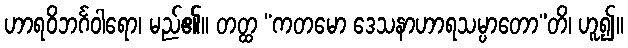
ဟာရဝိဘင်္ဂဝါရော၊ မည်၏။ တတ္ထ “ကတမော ဒေသနာဟာရသမ္ပာတော”တိ၊ ဟူ၍။